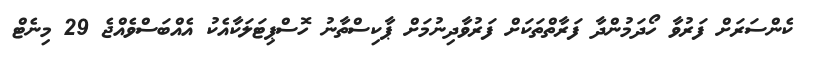
ކެންސަރަށް ފަރުވާ ހޯދަމުންދާ ފަރާތްތަކަށް ފަރުވާދިނުމަށް ޕާކިސްތާނު ހޮސްޕިޓަލަކާއެކު އެއްބަސްވެއްޖެ 29 މިނެޓް